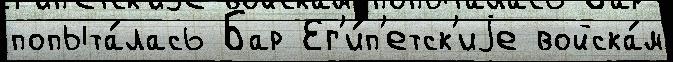
попыта́лась Бар Ег'и́п'етск'иjе войска́м